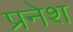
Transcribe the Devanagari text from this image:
प्रनेश